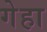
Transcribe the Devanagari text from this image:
गेहा